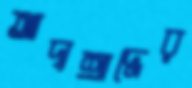
আদ্যশ্রাদ্ধের